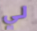
لي